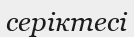
серіктесі